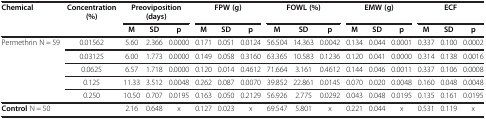
| <ROWSPAN=2> Chemical | <ROWSPAN=2> Concentration (%) | <COLSPAN=3> Preoviposition (days) | <COLSPAN=3> FPW (g) | <COLSPAN=3> FOWL (%) | <COLSPAN=3> EMW (g) | <COLSPAN=3> ECF |
 | M | SD | p | M | SD | p | M | SD | p | M | SD | p | M | SD | p |
 | --- | --- | --- | --- | --- | --- | --- | --- | --- | --- | --- | --- | --- | --- | --- | --- | --- |
 | <ROWSPAN=5> Permethrin N = 59 | 0.01562 | 5.60 | 2.366 | 0.0000 | 0.171 | 0.051 | 0.0124 | 56.504 | 14.363 | 0.0042 | 0.134 | 0.044 | 0.0001 | 0.337 | 0.100 | 0.0002 |
 | 0.03125 | 6.00 | 1.773 | 0.0000 | 0.149 | 0.058 | 0.3160 | 63.365 | 10.583 | 0.1236 | 0.120 | 0.041 | 0.0000 | 0.314 | 0.138 | 0.0016 |
 | 0.0625 | 6.57 | 1.718 | 0.0000 | 0.120 | 0.014 | 0.4612 | 71.664 | 3.161 | 0.4612 | 0.144 | 0.046 | 0.0011 | 0.337 | 0.106 | 0.0008 |
 | 0.125 | 11.33 | 3.512 | 0.0048 | 0.262 | 0.087 | 0.0070 | 39.852 | 22.861 | 0.0145 | 0.070 | 0.020 | 0.0048 | 0.160 | 0.048 | 0.0048 |
 | 0.250 | 10.50 | 0.707 | 0.0195 | 0.163 | 0.050 | 0.2129 | 56.926 | 2.775 | 0.0292 | 0.043 | 0.048 | 0.0195 | 0.135 | 0.161 | 0.0195 |
 | <COLSPAN=2> Control N = 50 | 2.16 | 0.648 | x | 0.127 | 0.023 | x | 69.547 | 5.801 | x | 0.221 | 0.044 | x | 0.531 | 0.119 | x |